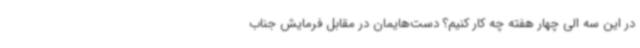
در این سه الی چهار هفته چه کار کنیم؟ دست‌هایمان در مقابل فرمایش جناب